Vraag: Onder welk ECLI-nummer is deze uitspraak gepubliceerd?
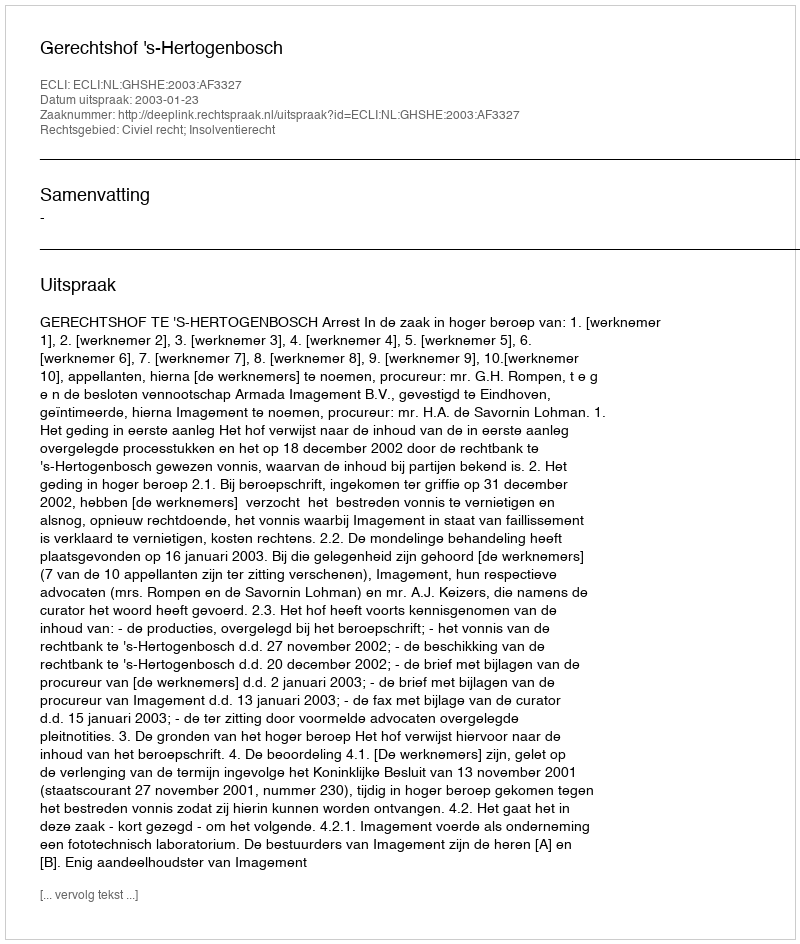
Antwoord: ECLI:NL:GHSHE:2003:AF3327